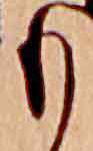
も